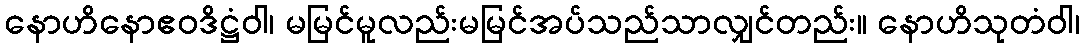
နောဟိနောဧဝဒိဋ္ဌံဝါ၊ မမြင်မူလည်းမမြင်အပ်သည်သာလျှင်တည်း။ နောဟိသုတံဝါ၊